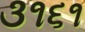
૩૧૬૧